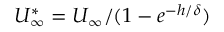
U _ { \infty } ^ { * } = U _ { \infty } / ( 1 - e ^ { - h / \delta } )